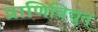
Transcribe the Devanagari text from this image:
प्राणिविद्युत्